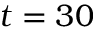
t = 3 0